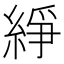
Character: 䋫